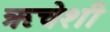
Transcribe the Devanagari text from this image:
ऋचेशी